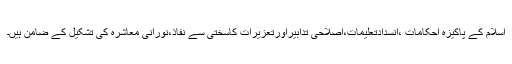
اسلام کے پاکیزہ احکامات ،انسدادتعلیمات،اصلاحی تدابیراورتعزیرات کاسختی سے نفاذ،نورانی معاشرہ کی تشکیل کے ضامن ہیں۔